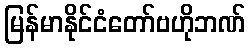
မြန်မာနိုင်ငံတော်ဗဟိုဘဏ်